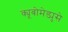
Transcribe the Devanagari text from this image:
क्यूबोमेड्युसे